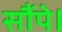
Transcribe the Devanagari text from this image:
सौंपे।